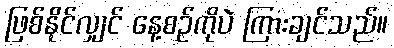
ဖြစ်နိုင်လျှင် နေ့စဉ်ကိုပဲ ကြားချင်သည်။